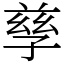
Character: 孳